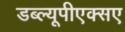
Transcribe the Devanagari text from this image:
डब्ल्यूपीएक्सए